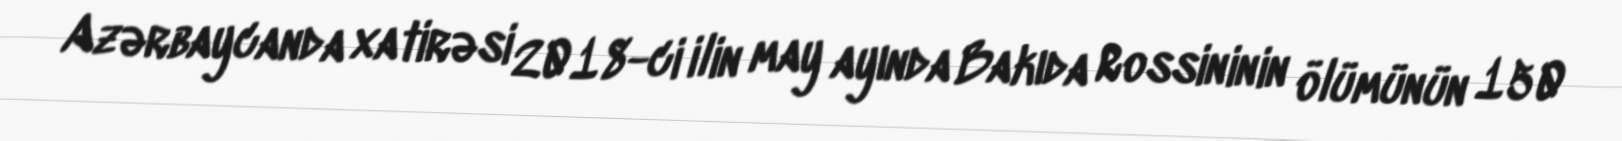
Azərbaycanda xatirəsi 2018-ci ilin may ayında Bakıda Rossininin ölümünün 150